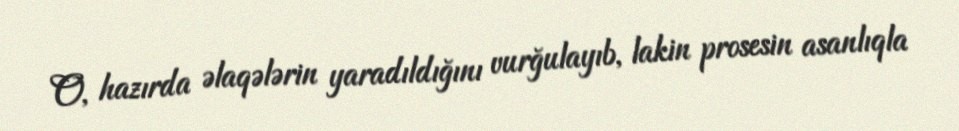
O, hazırda əlaqələrin yaradıldığını vurğulayıb, lakin prosesin asanlıqla